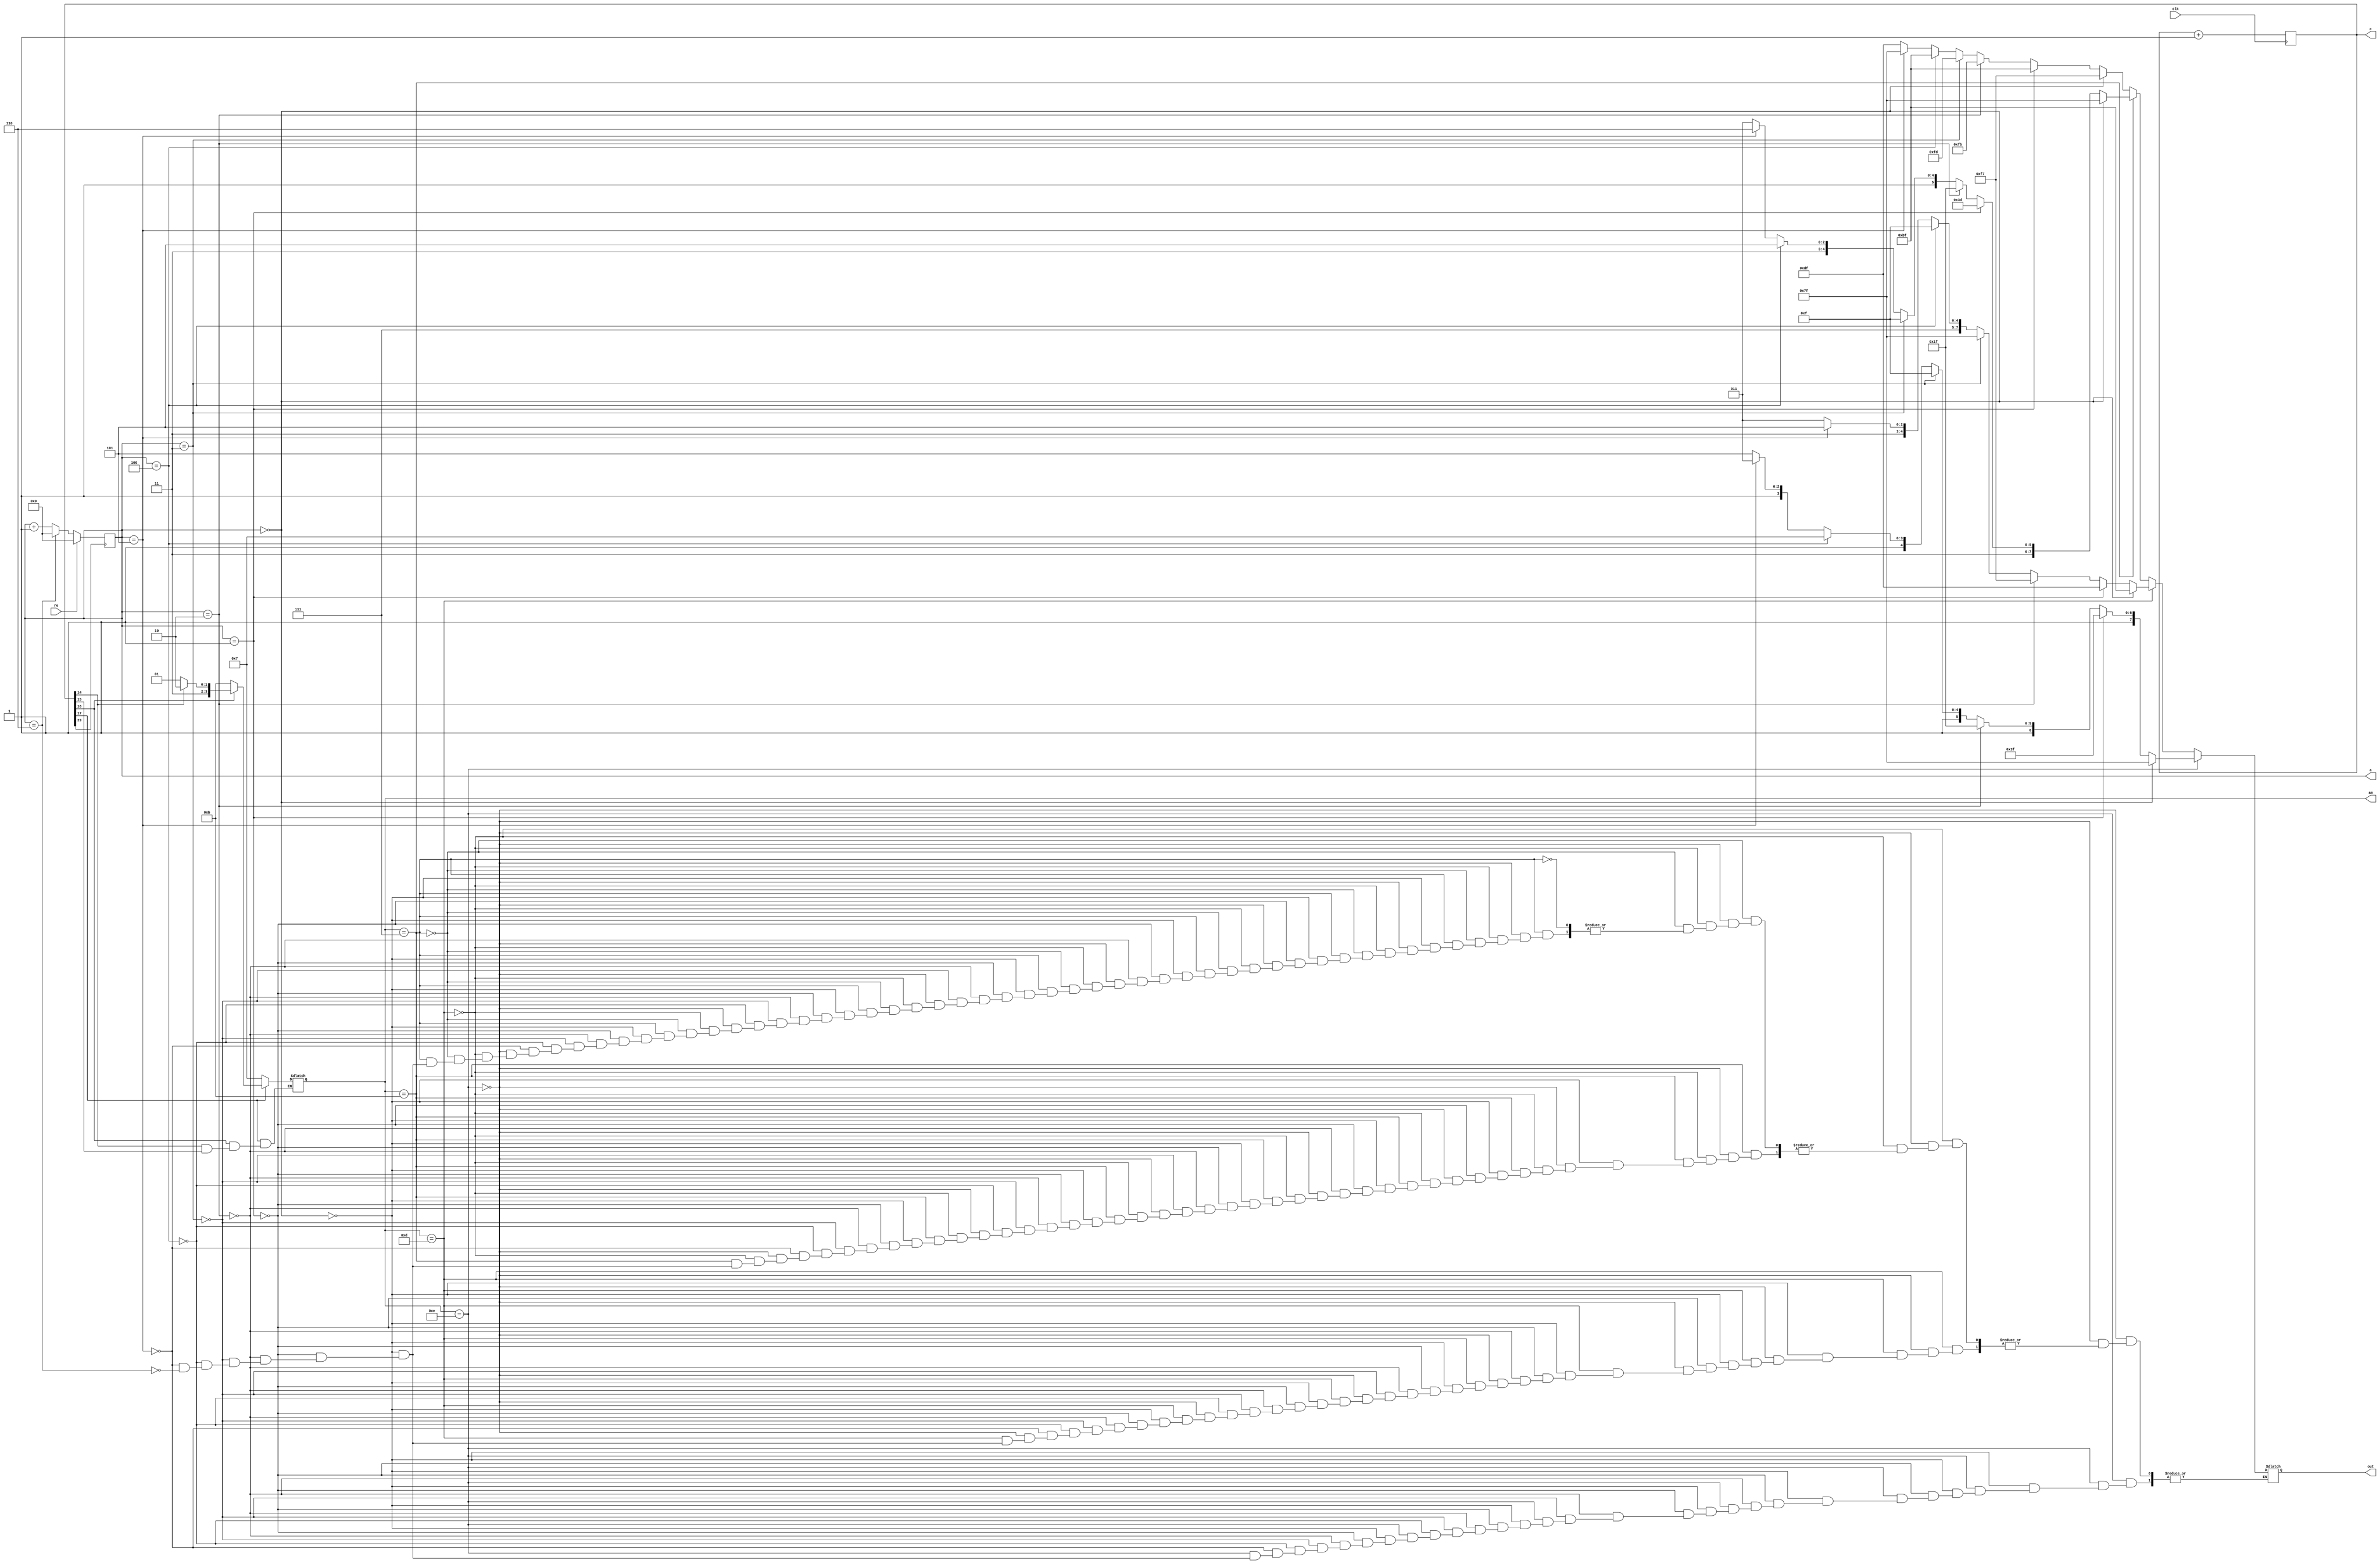
module bbb(clk,re,a,out,c,am);
   input clk,re ;
	output reg [3:0]a ;
	output reg [7:0]out ;
	output reg [25:0]c=0;
	output reg [3:0] am; 
   always@(posedge clk)
	c=c+1;
	always@(posedge c[23])
	begin 
	if(re)
	a=0;
	else if(a==6)
	a=0;
	else 
	a=a+1;
	end
	
	always@(c)
	begin
	if (c[15]==0) am=4'b1110;
	if (c[14]==0) am=4'b1101;
	if (c[16]==0) am=4'b1011;
	if (c[17]==0) am=4'b0111;
	end
	
	always@(a)
	begin
if (am==4'b1110)
	begin
	if(a==0)
	out=8'b 01111111;
	else if(a==1)
	out=8'b10111111;
	else if(a==2)
	out=8'b11011111;
	else if(a==3)
	out=8'b11101111;
	else if(a==4)
	out=8'b11110111;
	else if(a==5)
	out=8'b11111011;
	else if(a==6)
	out=8'b11111101;
	end
else if (am==4'b1101)
	begin
   if(a==0)
	out=8'b10111111;
	else if(a==1)
	out=8'b11011111;
	else if(a==2)
	out=8'b11110111;
	else if(a==3)
	out=8'b01111111;
	else if(a==4)
	out=8'b11101111;
	else if(a==5)
	out=8'b11111101;
	else if(a==6)
	out=8'b11111011;
	end
else if (am==4'b1011)
	begin
	if(a==0)
	out=8'b01111111;
	else if(a==1)
	out=8'b11111101;
	else if(a==2)
	out=8'b11011111;
	else if(a==3)
	out=8'b11101111;
	else if(a==4)
	out=8'b11111101;
	else if(a==5)
	out=8'b11111110;
	else if(a==6)
	out=8'b11111011;
	end
else if (am==4'b0111)
	begin
	if(a==0)
	out=8'b11110111;
	else if(a==1)
	out=8'b10111111;
	else if(a==2)
	out=8'b11111011;
	else if(a==3)
	out=8'b11111101;
	else if(a==4)
	out=8'b10111111;
	else if(a==5)
	out=8'b01111111;
	else if(a==6)
	out=8'b11011111;
	end
	end
	
	
	
	
	

endmodule